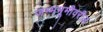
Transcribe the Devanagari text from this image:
जन्मभूमीवरील